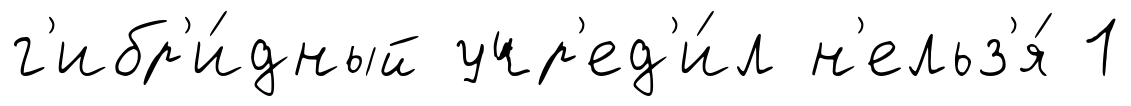
г'ибр'и́дный учр'ед'и́л н'ельз'я́ 1